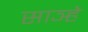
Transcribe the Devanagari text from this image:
साञ्हे